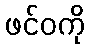
ဖင်ဝကို